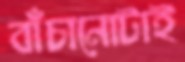
বাঁচানোটাই